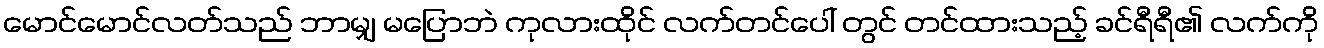
မောင်မောင်လတ်သည် ဘာမျှ မပြောဘဲ ကုလားထိုင် လက်တင်ပေါ် တွင် တင်ထားသည့် ခင်ရီရီ၏ လက်ကို